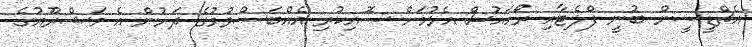
އެޗްޑީސީން ބުނީ ފްލެޓާއި ރޯހައުސް އެޅުމަށް ސޮއިކުރި އެއްބަސްވުމުގެ ދަށުން އެ މަޝްރޫއުގެ